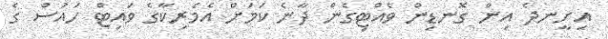
އިށީނދެ އިން ގޮނޑިން ވެއްޓިގެން ދާނެ ކަމަށް އެމެރިކާގެ ވައިޓް ހައުސް ގެ